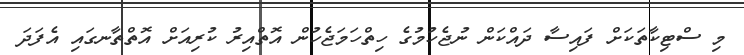
މި ސްޓިކާތަކަށް ފައިސާ ދައްކަން ނުޖެހުމުގެ ހިތްހަމަޖެހުން އޮތްއިރު ކުރިއަށް އޮތްތާނގައި އެފަދަ